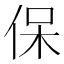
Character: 保